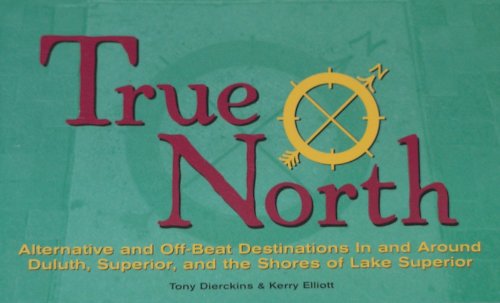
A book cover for True North: Alternate and Off-Beat Destinations in and Around Duluth Superior and Shores of Lake Superior; Tony Dierckins; Travel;